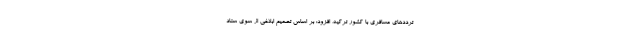
ترددهای مسافری با کشور ترکیه، افزود: بر اساس تصمیم ابلاغی از سوی ستاد